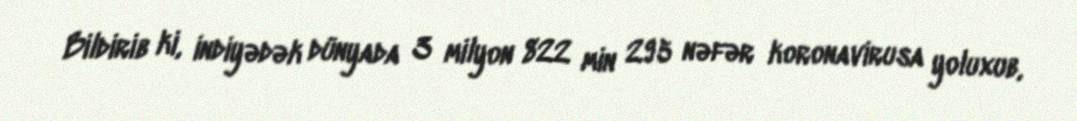
Bildirib ki, indiyədək dünyada 3 milyon 822 min 295 nəfər koronavirusa yoluxub,